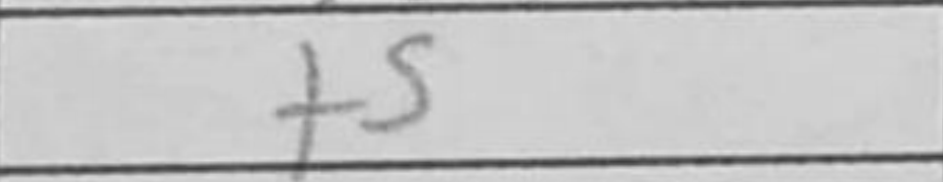
Transcription: f5